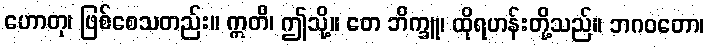
ဟောတု၊ ဖြစ်စေသတည်း။ ဣတိ၊ ဤသို့။ တေ ဘိက္ခူ၊ ထိုရဟန်းတို့သည်။ ဘဂဝတော၊